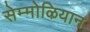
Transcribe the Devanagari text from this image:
सेम्मोऴियान